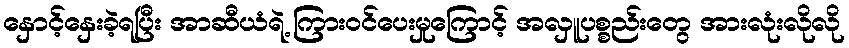
နှောင့်နှေးခဲ့ရပြီး အာဆီယံရဲ့ ကြားဝင်ပေးမှုကြောင့် အလှူပစ္စည်းတွေ အားလုံးလိုလို